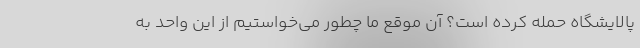
پالایشگاه حمله کرده است؟ آن موقع ما چطور می‌خواستیم از این واحد به